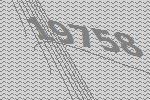
19758